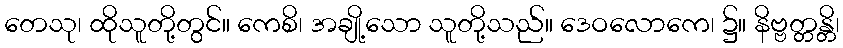
တေသု၊ ထိုသူတို့တွင်။ ကေစိ၊ အချို့သော သူတို့သည်။ ဒေဝလောကေ၊ ၌။ နိဗ္ဗတ္တန္တိ၊